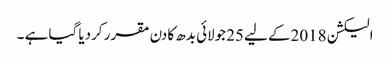
الیکشن 2018کے لیے 25جولائی بدھ کادن مقرر کردیا گیا ہے ۔